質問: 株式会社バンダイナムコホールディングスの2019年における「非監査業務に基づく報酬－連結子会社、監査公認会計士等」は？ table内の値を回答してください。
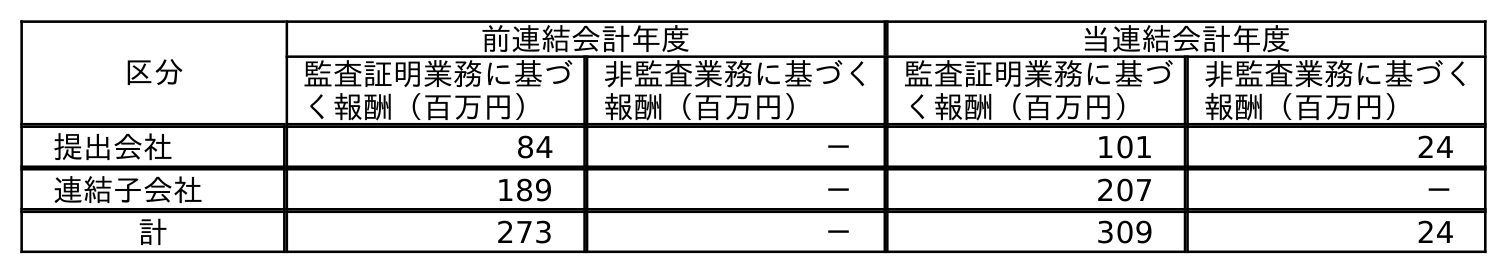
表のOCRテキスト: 区分 前連結会計年度 当連結会計年度 監査証明業務に基づ く報酬（百万円） 非監査業務に基づく 報酬（百万円） 監査証明業務に基づ く報酬（百万円） 非監査業務に基づく 報酬（百万円） 提出会社 84 － 101 24 連結子会社 189 － 207 － 計 273 － 309 24
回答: －